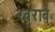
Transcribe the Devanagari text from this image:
ख़राबे